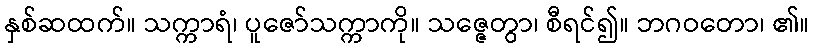
နှစ်ဆထက်။ သက္ကာရံ၊ ပူဇော်သက္ကာကို။ သဇ္ဇေတွာ၊ စီရင်၍။ ဘဂဝတော၊ ၏။